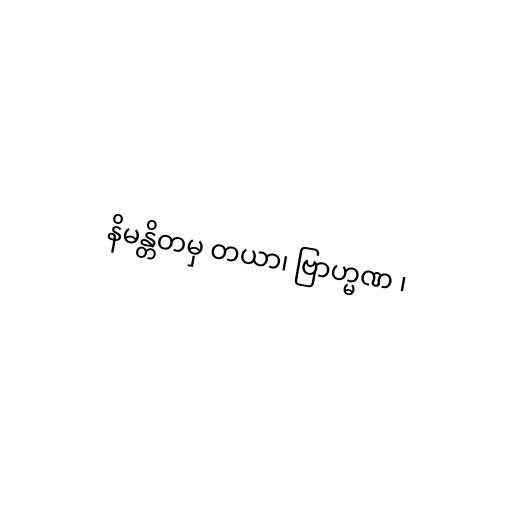
နိမန္တိတမှ တယာ၊ ဗြာဟ္မဏ ၊